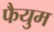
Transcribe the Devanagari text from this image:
फैयुम